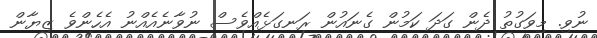
ނުވި. މިވަގުތު ދެން ގަދަ ކަމުން ގެނައުން ރަނގަޅެއްވެސް ނުވާނެއެއްނު އެހެންވެ ޒިޔާން